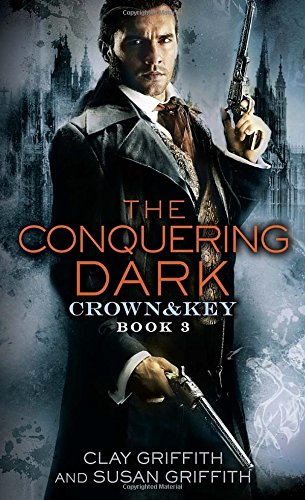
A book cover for The Conquering Dark: Crown & Key; Clay Griffith; Science Fiction & Fantasy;